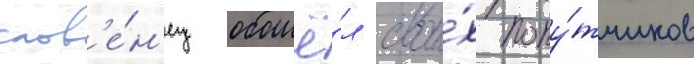
слов'е́н'ец обошё́л свои́х попу́тчиков